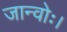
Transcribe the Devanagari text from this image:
जान्वोः।